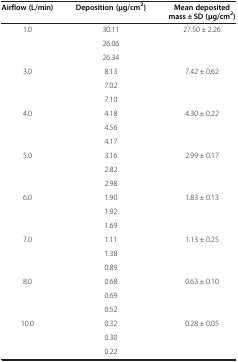
| Airflow (L/min) | Deposition (μg/cm2) | Mean deposited mass ± SD (μg/cm2) |
 | --- | --- | --- |
 | <ROWSPAN=3> 1.0 | 30.11 | <ROWSPAN=3> 27.50 ± 2.26 |
 | 26.06 |
 | 26.34 |
 | <ROWSPAN=3> 3.0 | 8.13 | <ROWSPAN=3> 7.42 ± 0.62 |
 | 7.02 |
 | 7.10 |
 | <ROWSPAN=3> 4.0 | 4.18 | <ROWSPAN=3> 4.30 ± 0.22 |
 | 4.56 |
 | 4.17 |
 | <ROWSPAN=3> 5.0 | 3.16 | <ROWSPAN=3> 2.99 ± 0.17 |
 | 2.82 |
 | 2.98 |
 | <ROWSPAN=3> 6.0 | 1.90 | <ROWSPAN=3> 1.83 ± 0.13 |
 | 1.92 |
 | 1.69 |
 | <ROWSPAN=3> 7.0 | 1.11 | <ROWSPAN=3> 1.13 ± 0.25 |
 | 1.38 |
 | 0.89 |
 | <ROWSPAN=3> 8.0 | 0.68 | <ROWSPAN=3> 0.63 ± 0.10 |
 | 0.69 |
 | 0.52 |
 | <ROWSPAN=3> 10.0 | 0.32 | <ROWSPAN=3> 0.28 ± 0.05 |
 | 0.30 |
 | 0.22 |